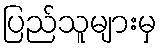
ပြည်သူများမှ